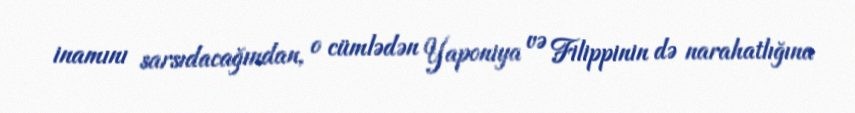
inamını sarsıdacağından, o cümlədən Yaponiya və Filippinin də narahatlığına